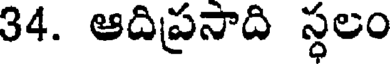
34. ఆదిప్రనాది స్ధలం